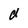
Character: d